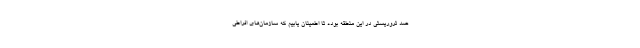
ضد تروریستی در این منطقه بوده تا اطمینان یابیم که سازمان‌های افراطی